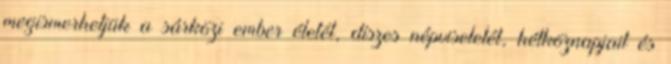
megismerhetjük a sárközi ember életét, díszes népviseletét, hétköznapjait és